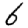
Digit: 6